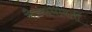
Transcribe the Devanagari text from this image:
सैन्याभोंवतीं